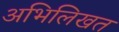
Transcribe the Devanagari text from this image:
अभिलिखत